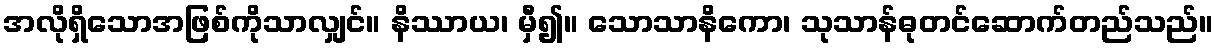
အလိုရှိသောအဖြစ်ကိုသာလျှင်။ နိဿာယ၊ မှီ၍။ သောသာနိကော၊ သုသာန်ဓုတင်ဆောက်တည်သည်။